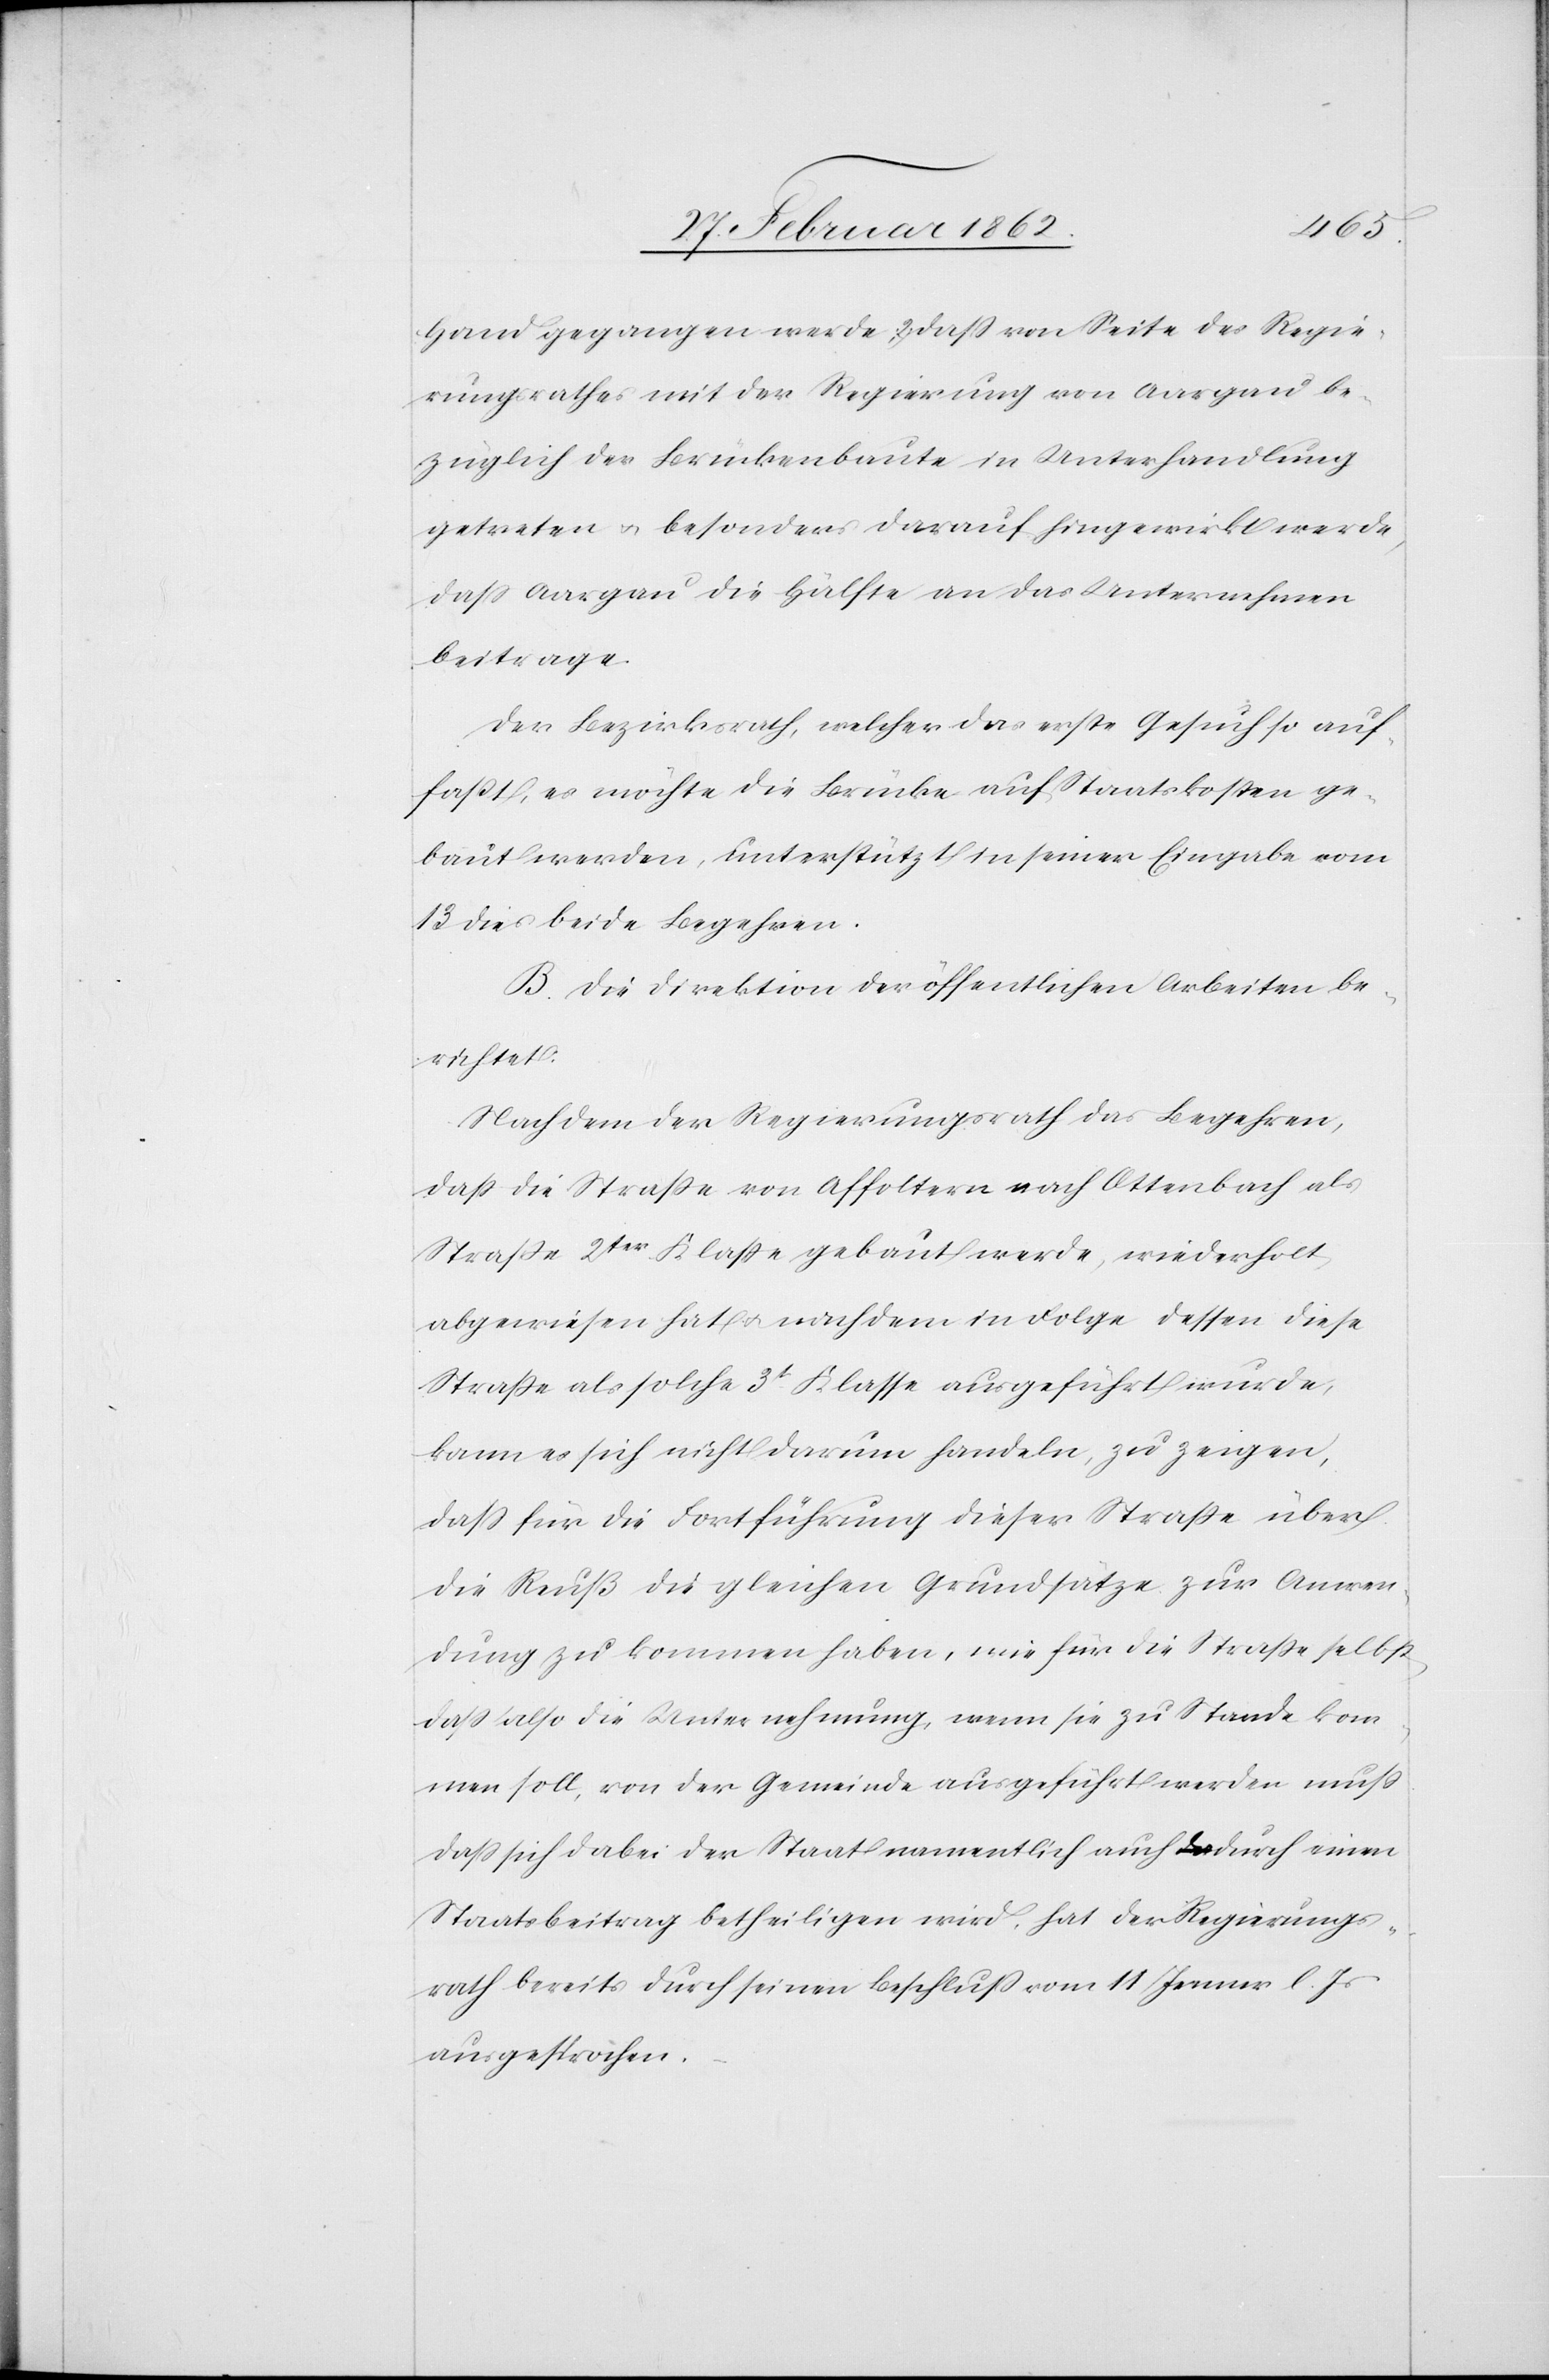
Hand gegangen werde; 2) daß von Seite des Regie¬
rungsrathes mit der Regierung von Aargau be¬
züglich der Brückenbaute in Unterhandlung
getreten u. besonders darauf hingewirkt werde,
daß Aargau die Hälfte an das Unternehmen
beitrage.
Der Bezirksrath, welcher das erste Gesuch so auf¬
faßt, es möchte die Brücke auf Staatskosten ge¬
baut werden, unterstützt in seiner Eingabe vom
13 dies beide Begehren.
B. Die Direktion der öffentlichen Arbeiten be¬
richtet:
Nachdem der Regierungsrath das Begehren,
daß die Straße von Affoltern nach Ottenbach als
Straße 2ter Klaße gebaut werde, wiederholt
abgewiesen hat u. nachdem in Folge dessen diese
Straße als solche 3t Klasse ausgeführt wurde,
kann es sich nicht darum handeln, zu zeigen,
daß für die Fortführung dieser Straße über
die Reuß die gleichen Grundsätze zur Anwen¬
dung zu kommen haben, wie für die Straße selbst,
daß also die Unternehmung, wenn sie zu Stande kom¬
men soll, von der Gemeinde ausgeführt werden muß.
Daß sich dabei der Staat namentlich auch durch einen
Staatsbeitrag betheiligen wird, hat der Regierungs¬
rath bereits durch seinen Beschluß vom 11 Jenner l. Js
ausgesprochen.